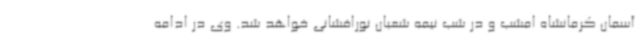
آسمان کرمانشاه امشب و در شب نیمه شعبان نورافشانی خواهد شد. وی در ادامه